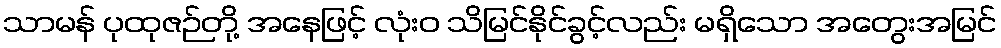
သာမန် ပုထုဇဉ်တို့ အနေဖြင့် လုံးဝ သိမြင်နိုင်ခွင့်လည်း မရှိသော အတွေးအမြင်